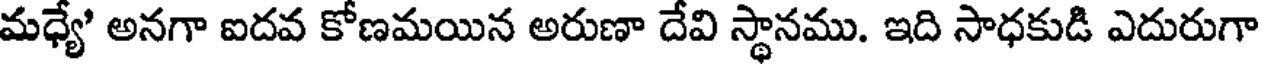
మధ్యే' అనగా ఐదవ కోణమయిన అరుణా దేవి స్థానము. ఇది సాధకుడి ఎదురుగా